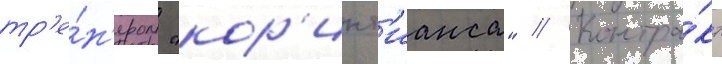
тр'е́н'ером "кор'инт'ианса" // Контра́кт